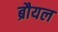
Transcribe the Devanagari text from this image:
ब्रौयल